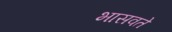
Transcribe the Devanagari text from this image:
भासवते